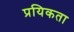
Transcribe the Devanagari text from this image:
प्रयिकता